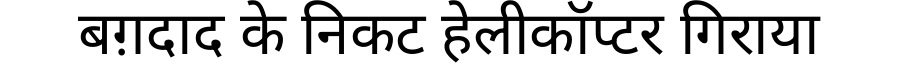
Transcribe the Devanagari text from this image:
बग़दाद के निकट हेलीकॉप्टर गिराया